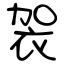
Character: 袈